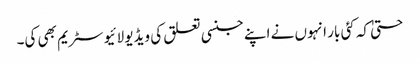
حتیٰ کہ کئی بار انہوں نے اپنے جنسی تعلق کی ویڈیو لائیو سٹریم بھی کی۔